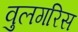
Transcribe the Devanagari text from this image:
वुलगरिस